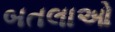
બતલાઓ